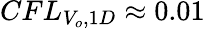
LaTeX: CFL_{V_{o},1D}\approx 0.01